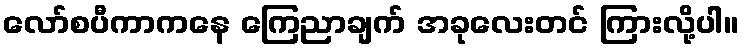
လော်စပီကာကနေ ကြေညာချက် အခုလေးတင် ကြားလို့ပါ။